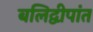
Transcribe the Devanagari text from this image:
बलिद्वीपांत